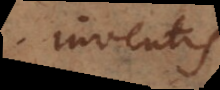
inventis